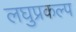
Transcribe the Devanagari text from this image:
लघुप्रकल्प